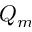
Q _ { m }